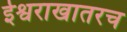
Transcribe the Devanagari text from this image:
ईश्वराखातरच